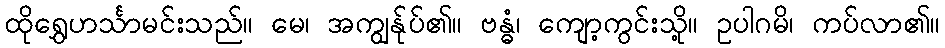
ထိုရွှေဟင်္သာမင်းသည်။ မေ၊ အကျွန်ုပ်၏။ ဗန္ဓံ၊ ကျော့ကွင်းသို့။ ဥပါဂမိ၊ ကပ်လာ၏။